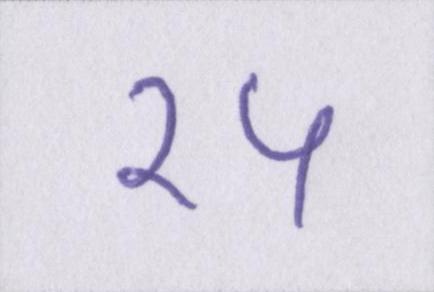
१५